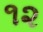
૧૨